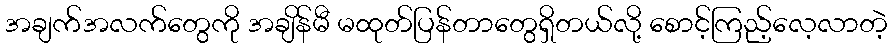
အချက်အလက်တွေကို အချိန်မီ မထုတ်ပြန်တာတွေရှိတယ်လို့ စောင့်ကြည့်လေ့လာတဲ့